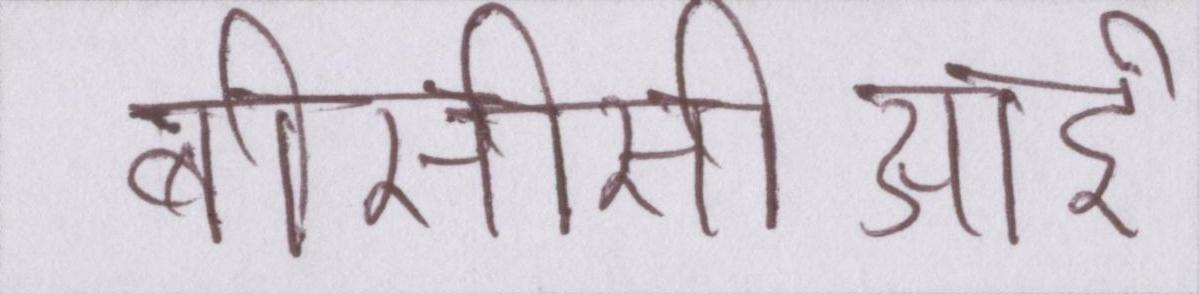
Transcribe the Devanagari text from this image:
बीसीसीआई